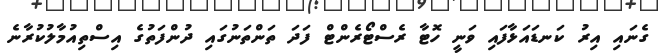
ގެނައި އިރު ކަނޑައަޅާފައި ވަނީ ހޮޓާ ރެސްޓޯރެންޓް ފަދަ ތަންތަނުގައި ދުންފަތުގެ އިސްތިއުމާލުކުރާނެ